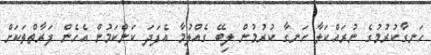
ހަނގާކުރުމުގެ ނުރައްކަލާ ހަނގާ ކުރުމުން ލިބޭ ގެއްލުމާ އެފަދަ ކަންކަމުން އެހެން ފަރާތްތަކަށް